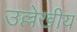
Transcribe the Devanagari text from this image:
उल्लेखीय